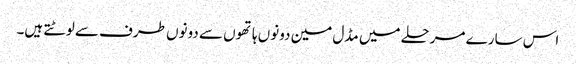
اس سارے مرحلے میں مڈل مین دونوں ہاتھوں سے دونوں طرف سے لوٹتے ہیں۔